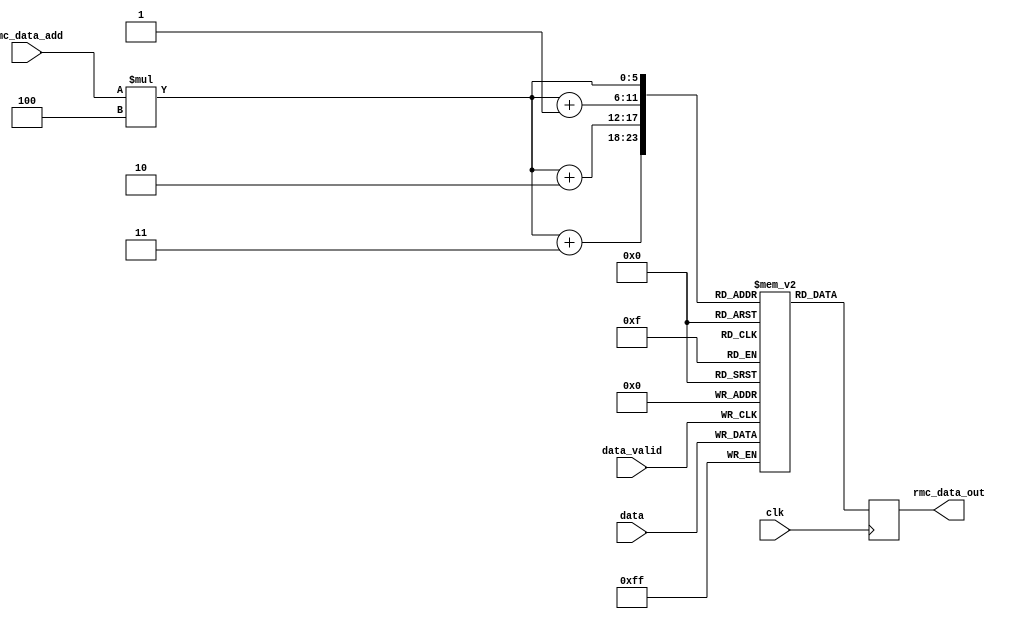
module gps_interpreter ( //v2, data out variation for vga display purposes
	input [7:0] data,
	input data_valid,
	input clk,
	input [3:0] rmc_data_add,
	
	output reg [31:0] rmc_data_out);
	
	reg [31:0] buffer;
	reg [1:0] buffer_index;
	
	reg [7:0] gp_string [4:0]; //register for hold the $GP*** string(might be removed later)
	reg [7:0] gprmc [63:0]; //register for holding the GPRMC string
	
	reg [5:0] out_count;
	
	integer gp_count, data_count, state;
	
	wire [5:0] address;
	
	assign address = rmc_data_add * 4;
	
	initial begin
		gp_count = 0;
		state = 0;
	end
	
	always @(posedge data_valid) begin
			
			gprmc[gp_count] <= data;
			
			/*
			case (state)
				0: begin
							gp_count = 0;
							//if (data == 8'h24) state = 2; //stay in state 0 until "$" is found
							state = 2;
					end
					
				1: begin
							gprmc[gp_count] <= data; //write data to gprmc buffer
						
							if (data == 8'h43) state = 2; //move to state 2 when "C" is found
							else if (gp_count == 10) state = 0; //if after 10 characters there is no "C" found, return to state 0
							else gp_count = gp_count + 1;
					end 
				
				2: begin
							gprmc[gp_count] <= data;
							gp_count = gp_count + 1;
							if (gp_count == 64) state = 0; //transition to state 0 if "*" is found
					end
					
				default state = 0;
				
			endcase
			*/
	end
			
	
	always @(posedge clk) begin //output for debugging purposes
		rmc_data_out[31:24] <= gprmc[address + 3];
		rmc_data_out[23:16] <= gprmc[address + 2];
		rmc_data_out[15:8] <= gprmc[address + 1];
		rmc_data_out[7:0] <= gprmc[address];
	end
		
		
endmodule